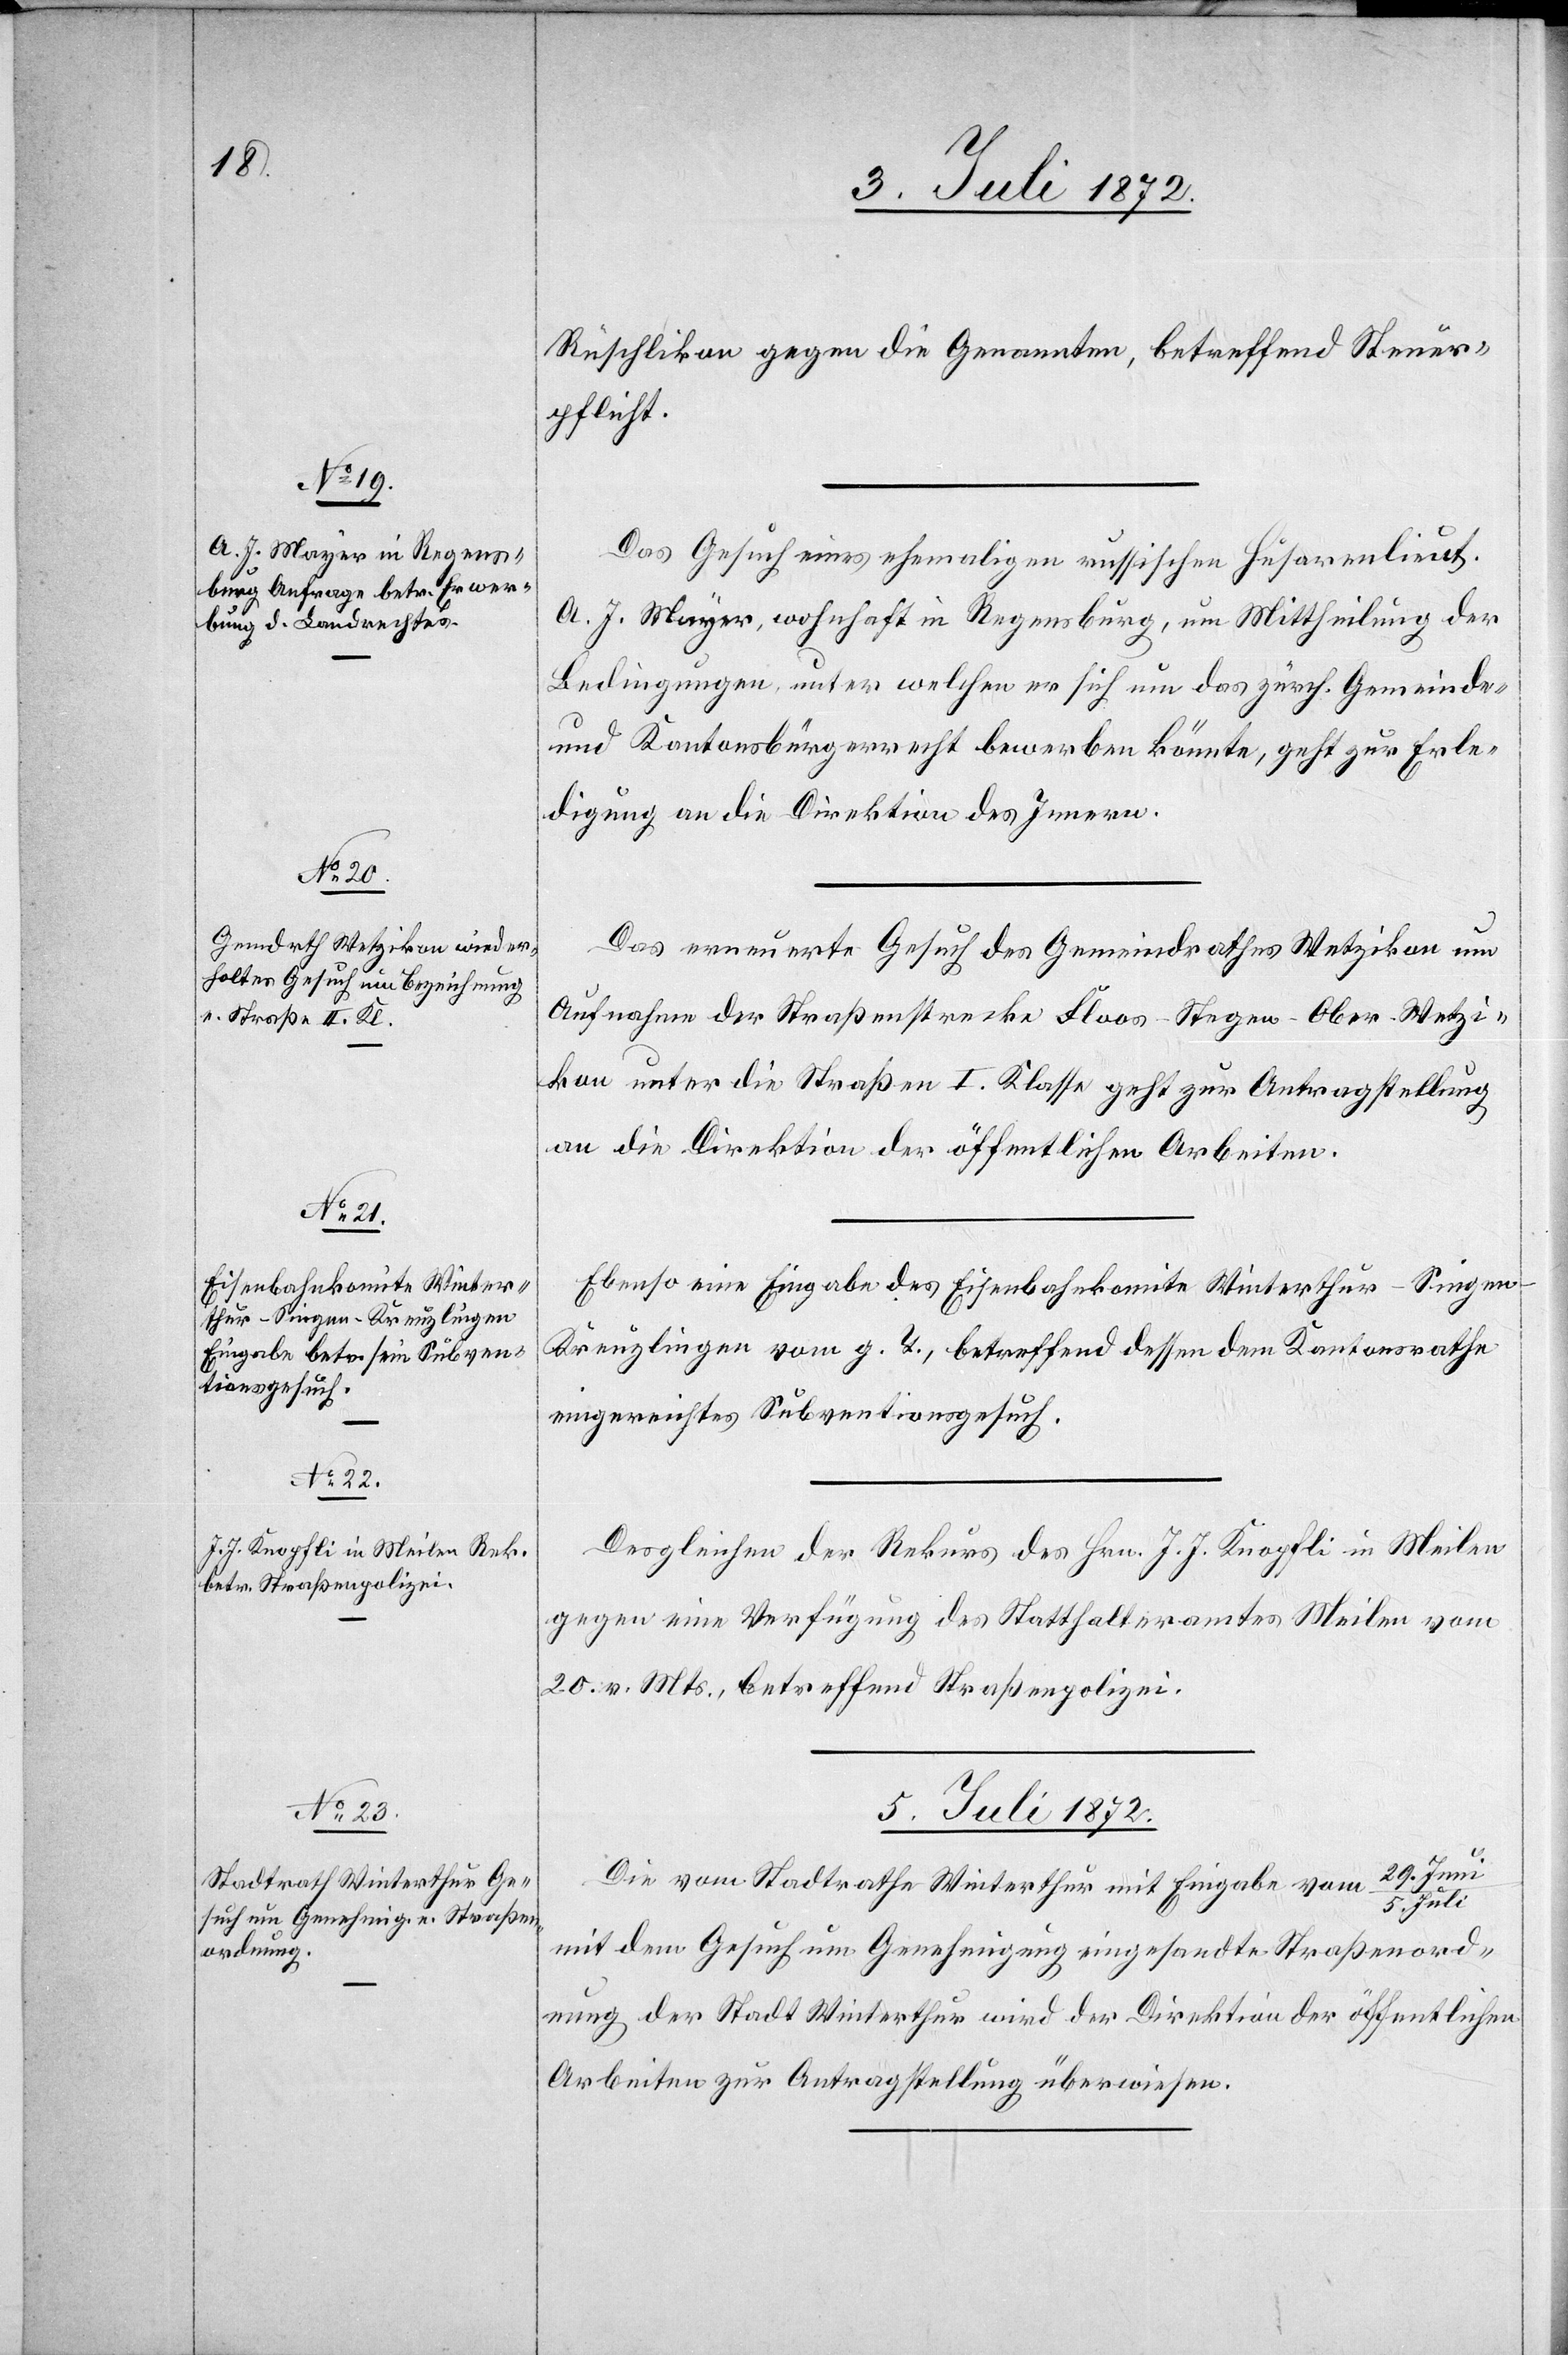
1872.]

Rüschlikon gegen die Genannten, betreffend Steuer¬
pflicht.
Das Gesuch eines ehemaligen russischen Husarenlieut.
A. J. Mayer, wohnhaft in Regensburg, um Mittheilung der
Bedingungen, unter welchen er sich um das zürch. Gemeinde-
und Kantonsbürgerrecht bewerben könnte, geht zur Erle¬
digung an die Direktion des Innern.
Das erneuerte Gesuch des Gemeindrathes Wetzikon um
Aufnahme der Straßenstrecke Floos–Stegen–Ober–Wetzi¬
kon unter die Straßen I. Klasse [sic!] geht zur Antragstellung
an die Direktion der öffentlichen Arbeiten.
Ebenso eine Eingabe des Eisenbahnkomite Winterthur–Singen–K¬
reuzlingen vom g. T., betreffend dessen dem Kantonsrathe
eingereichtes Subventionsgesuch.
Desgleichen der Rekurs des Hrn. J. J. Knopfli in Meilen
gegen eine Verfügung des Statthalteramtes Meilen vom
20. v. Mts., betreffend Straßenpolizei.
5. Juli 1872.
Die vom Stadtrathe Winterthur mit Eingabe vom 29. Jun¬
i/5. Juli
mit dem Gesuch um Genehmigung eingesandte Straßenord¬
nung der Stadt Winterthur wird der Direktion der öffentlichen
Arbeiten zur Antragstellung überwiesen.